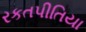
રકતપીતિયા